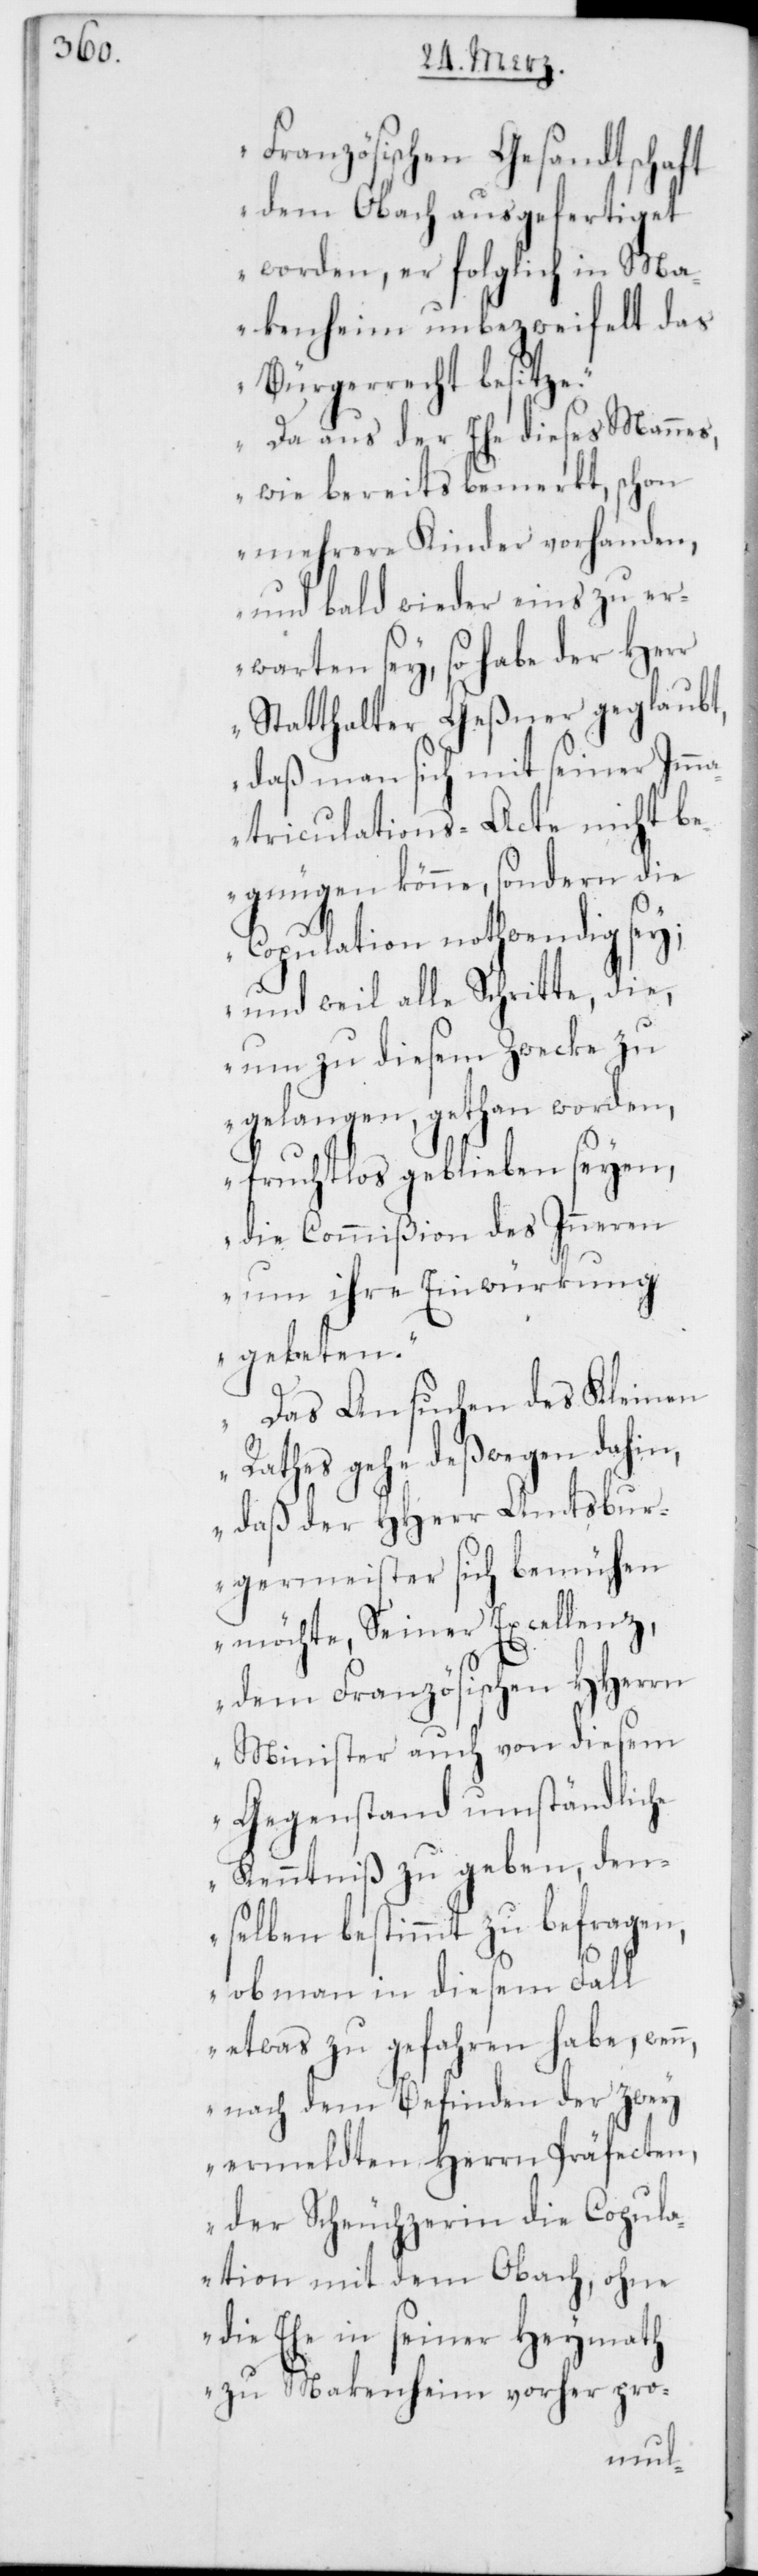
Französischen Gesandtschaft
dem Obach ausgefertiget
worden, er folglich in Ma¬
kenheim unbezweyfelt das
Bürgerrecht besitze.
Da aus der Ehe dieses Mannes,
wie bereits bemerkt, schon
mehrere Kinder vorhanden,
und bald wieder eins zu er¬
warten sey, so habe der Herr
Statthalter Geßner geglaubt,
daß man sich mit seiner Imma¬
triculations-Acte nicht be¬
gnügen könne, sondern die
Copulation nothwendig sey;
und weil alle Schritte, die,
um zu diesem Zwecke zu
gelangen, gethan worden,
fruchtlos geblieben seyen,
die Commißion des Inneren
um ihre Einwürkung
gebeten.
Das Ansuchen des Kleinen
Rathes gehe deßwegen dahin,
daß der HHerr Amtsbur¬
germeister sich bemühen
möchte, Seiner Excellenz,
dem Französischen HHerrn
Minister auch von diesem
Gegenstand umständliche
Kenntniß zu geben, den¬
selben bestimmt zu befragen,
ob man in diesem Fall
etwas zu gefahren habe, wen¬
n, nach dem Befinden der zwey
ermeldten Herren Präfecten,
der Scheuchzerin die Copula¬
tion mit dem Obach, ohne
die Ehe in seiner Heymath
zu Makenheim vorher pro-